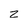
Character: z